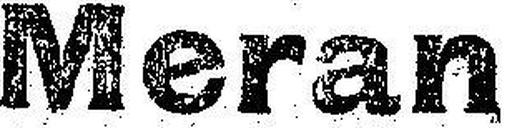
Meran